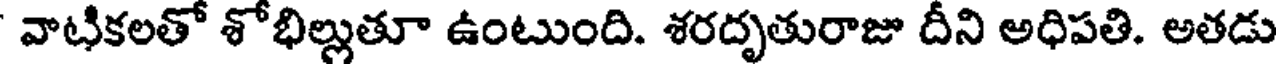
వాటికలతో శోభిల్లుతూ ఉంటుంది. శరదృతురాజు దీని అధిపతి. అతడు